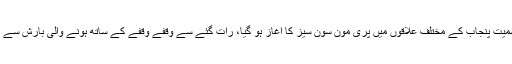
صوبائی دارالحکومت سمیت پنجاب کے مختلف علاقوں میں پری مون سون سیز کا آغاز ہو گیا، رات گئے سے وقفے وقفے کے ساتھ ہونے والی بارش سے گرمی کا زور ٹوٹ گیا۔